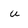
Character: u